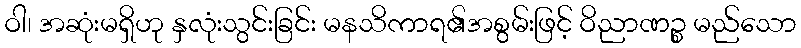
ဝါ၊ အဆုံးမရှိဟု နှလုံးသွင်းခြင်း မနသိကာရ၏အစွမ်းဖြင့် ဝိညာဏဉ္စ မည်သော